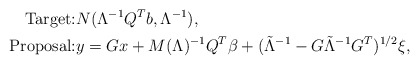
\begin{align*}\mbox{Target:} & N(\Lambda^{-1} Q^T b, \Lambda^{-1}), \\\mbox{Proposal:} & y = G x + M(\Lambda)^{-1} Q^T \beta + (\tilde{\Lambda}^{-1} - G \tilde{\Lambda}^{-1} G^T)^{1/2} \xi, \end{align*}